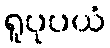
ရူပုပယံ